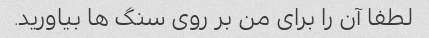
لطفا آن را برای من بر روی سنگ ها بیاورید.